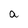
Character: a